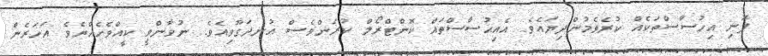
ފޮނި އިހުސާސްތަކެއް ކުރެވެމުންދިޔައެވެ. އެއިޙުސާސްތައް ކޮންޓްރޯލް ކުރަންވެސް އުނދަގޫވިއެވެ. ނުވާންވީ ކީއްވެހެއްޔެވެ އަހަރެން